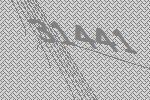
31441